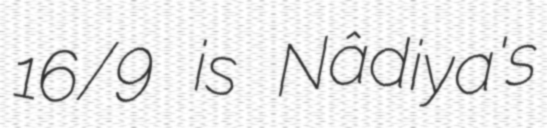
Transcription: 16/9 is Nâdiya's